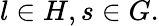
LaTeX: l\in H,s\in G.